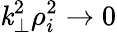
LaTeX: \mathit{k}_{\perp}^{2}\rho_{i}^{2}\rightarrow0